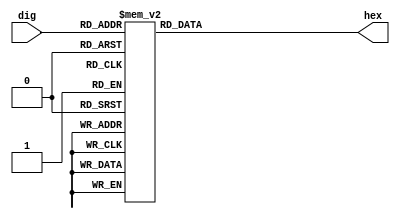

module seven_seg_digit
(
    input      [3:0] dig,
    output reg [7:0] hex
);

    // . g f e d c b a   // Letter from the diagram below
    // 7 6 5 4 3 2 1 0   // Bit in seg

    //   --a--
    //  |     |
    //  f     b
    //  |     |
    //   --g--
    //  |     |
    //  e     c
    //  |     |
    //   --d-- 

    always @*
        case (dig)
        4'h0: hex = 8'b11000000;
        4'h1: hex = 8'b11111001;
        4'h2: hex = 8'b10100100;
        4'h3: hex = 8'b10110000;
        4'h4: hex = 8'b10011001;
        4'h5: hex = 8'b10010010;
        4'h6: hex = 8'b10000010;
        4'h7: hex = 8'b11111000;
        4'h8: hex = 8'b10000000;
        4'h9: hex = 8'b10010000;
        4'ha: hex = 8'b10001000;
        4'hb: hex = 8'b10000011;
        4'hc: hex = 8'b11000110;
        4'hd: hex = 8'b10100001;
        4'he: hex = 8'b10000110;
        4'hf: hex = 8'b10001110;
        endcase

endmodule